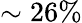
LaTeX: \sim 26\%